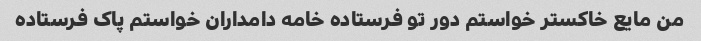
من مایع خاکستر خواستم دور تو فرستاده خامه دامداران خواستم پاک فرستاده